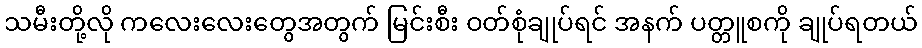
သမီးတို့လို ကလေးလေးတွေအတွက် မြင်းစီး ဝတ်စုံချုပ်ရင် အနက် ပတ္တူစကို ချုပ်ရတယ်